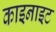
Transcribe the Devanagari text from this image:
काइनाइट